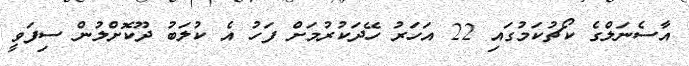
އާސެނަލްގެ ކޯޗުކަމުގައި 22 އަހަރު ހޭދަކުރުމަށް ފަހު އެ ކުލަބު ދޫކޮށްލުން ސިފަވީ